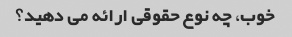
خوب، چه نوع حقوقی ارائه می دهید؟